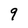
Character: 9